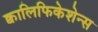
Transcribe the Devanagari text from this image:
क्वालिफिकेशेन्स